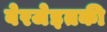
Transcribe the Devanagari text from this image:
बेरजेइतकी